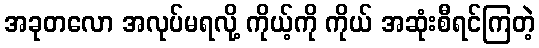
အခုတလော အလုပ်မရလို့ ကိုယ့်ကို ကိုယ် အဆုံးစီရင်ကြတဲ့